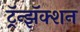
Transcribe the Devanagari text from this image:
ट्रॅन्झॅक्शन